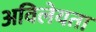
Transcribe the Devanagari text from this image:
अविलेयता